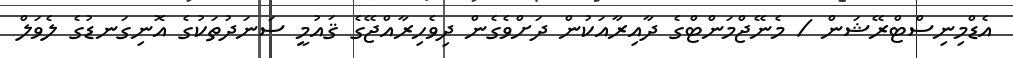
އެޑްމިނިސްޓްރޭޝަން / މެނޭޖްމަންޓްގެ ދާއިރާއަކުން ދަށްވެގެން ދިވެހިރާއްޖޭގެ ޤައުމީ ސަނަދުތަކުގެ އޮނިގަނޑުގެ ލެވަލް